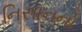
નિસાનનો